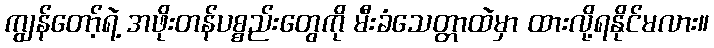
ကျွန်တော့်ရဲ့ အဖိုးတန်ပစ္စည်းတွေကို မီးခံသေတ္တာထဲမှာ ထားလို့ရနိုင်မလား။